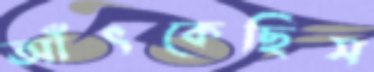
আঁৎকেছিস